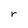
Character: r